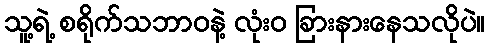
သူ့ရဲ့ စရိုက်သဘာဝနဲ့ လုံးဝ ခြားနားနေသလိုပဲ။